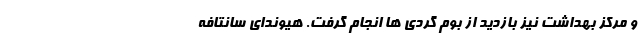
و مرکز بهداشت نیز بازدید از بوم گردی ها انجام گرفت. هیوندای سانتافه